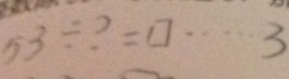
5 3 \div ? = \square \cdots 3